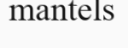
mantels